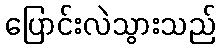
ပြောင်းလဲသွားသည်